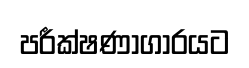
පරීක්ෂණාගාරයට